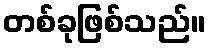
တစ်ခုဖြစ်သည်။